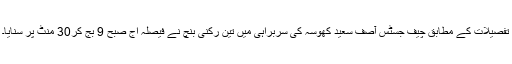
تفصیلات کے مطابق چیف جسٹس آصف سعید کھوسہ کی سربراہی میں تین رکنی بنچ نے فیصلہ آج صبح 9 بج کر30 منٹ پر سنایا۔